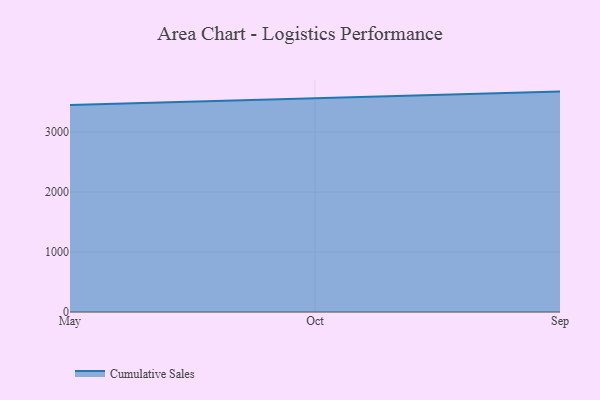
{"axis": {"x": "Month", "y": "Net Income (USD K)"}, "legend": ["Cumulative Sales"], "data": [{"x": "May", "y": 3454.2, "type": "Cumulative Sales"}, {"x": "Oct", "y": 3560.1, "type": "Cumulative Sales"}, {"x": "Sep", "y": 3676.1, "type": "Cumulative Sales"}]}